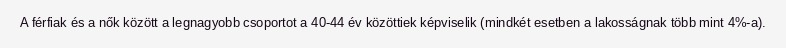
A férfiak és a nők között a legnagyobb csoportot a 40-44 év közöttiek képviselik (mindkét esetben a lakosságnak több mint 4%-a).